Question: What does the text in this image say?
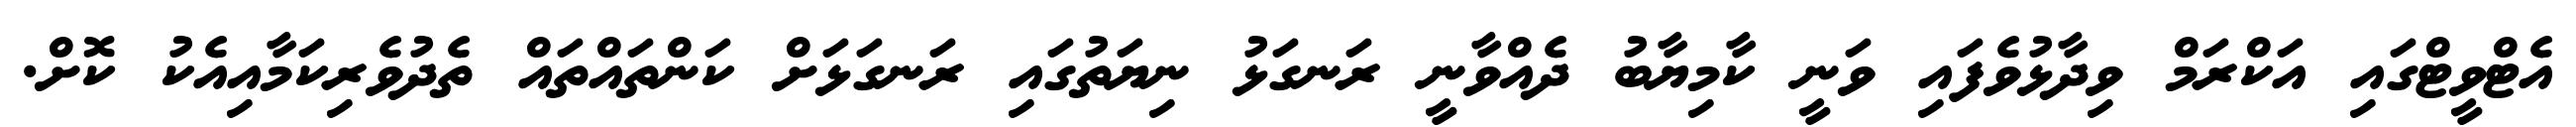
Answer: އެޓްވީޓްގައި އަކްރަމް ވިދާޅުވެފައި ވަނީ ކާމިޔާބު ދެއްވާނީ ރަނގަޅު ނިޔަތުގައި ރަނގަޅަށް ކަންތައްތައް ތެދުވެރިކަމާއިއެކު ކޮށް.